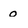
Character: o